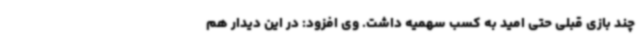
چند بازی قبلی حتی امید به کسب سهمیه داشت. وی افزود: در این دیدار هم